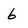
Character: 6